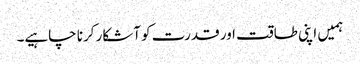
ہمیں اپنی طاقت اور قدرت کو آشکار کرنا چاہیے۔